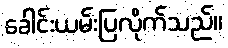
ခေါင်းယမ်းပြလိုက်သည်။